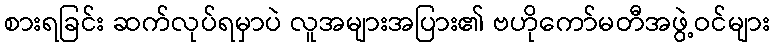
စားရခြင်း ဆက်လုပ်ရမှာပဲ လူအများအပြား၏ ဗဟိုကော်မတီအဖွဲ့ဝင်များ